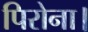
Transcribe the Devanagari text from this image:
पिरोना।